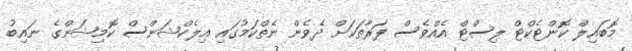
މޮބައިލް ކޮންޓެކްޓް ލިސްޓް އެއްވެސް ފަރާތަކަށް ދެވެން ނެތްކަމުގައި އިލެކްޝަންސް ކޮމިޝަންގެ ނައިބު